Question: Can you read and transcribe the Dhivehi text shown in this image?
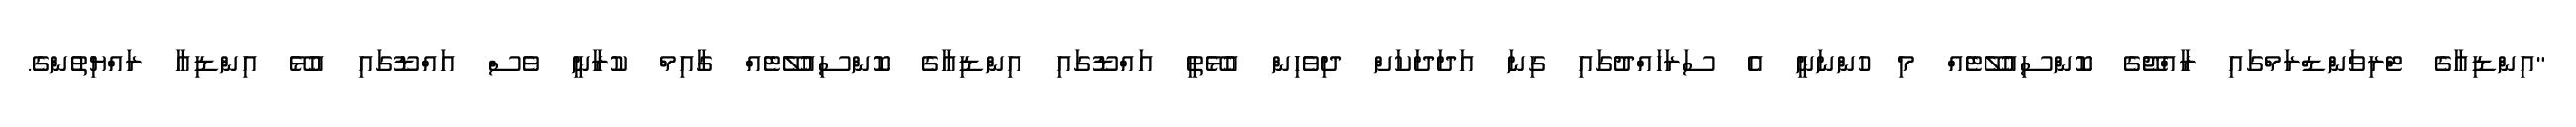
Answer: "އިންޑިއާގެ ޓްރިވަންޑްރަމްގައި ރާއްޖޭގެ ކޮންސިއުލޭޓެއް މި ހުންނަނީ އެ ސަރަހައްދުގައި ގިނަ އަދަދަކަށް ދިވެހިން އުޅޭތީ އައްޑޫގައި އިންޑިއާގެ ކޮންސިއުލޭޓެއް ގާއިމް ކުރާނީ ވެސް އައްޑޫގައި އުޅޭ އިންޑިއާ ރައްޔިތުންގެ.